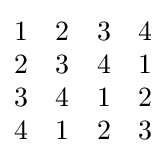
{\begin{matrix}1&2&3&4\\2&3&4&1\\3&4&1&2\\4&1&2&3\end{matrix}}